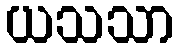
ယသသာ